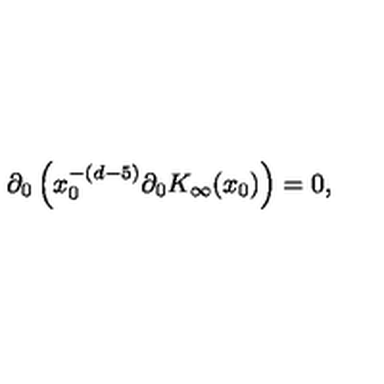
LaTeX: \partial _ { 0 } \left( x _ { 0 } ^ { - ( d - 5 ) } \partial _ { 0 } K _ { \infty } ( x _ { 0 } ) \right) = 0 ,